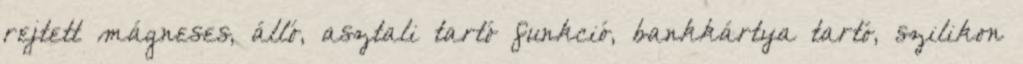
rejtett mágneses, álló, asztali tartó funkció, bankkártya tartó, szilikon